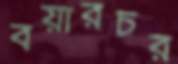
বয়ারচর